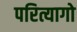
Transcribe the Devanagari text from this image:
परित्यागो